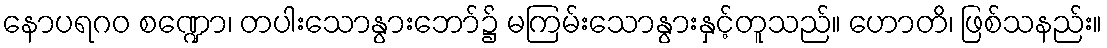
နောပရဂဝ စဏ္ဍော၊ တပါးသောနွားဘော်၌ မကြမ်းသောနွားနှင့်တူသည်။ ဟောတိ၊ ဖြစ်သနည်း။